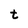
Character: t